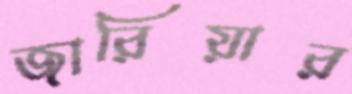
জারিয়ার